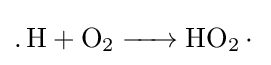
{\ce {.H + O2 ->HO2.}}